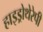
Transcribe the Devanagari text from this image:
हाइड्रोथेरेपी